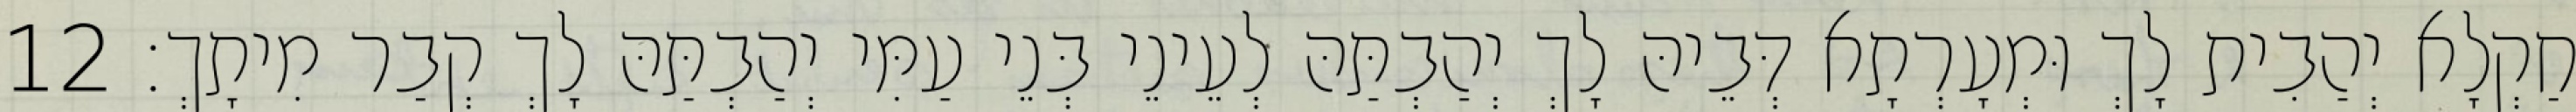
חַקְלָא יְהַבִית לָךְ וּמְעָרְתָא דְּבֵיהּ לָךְ יְהַבְתַּהּ לְעֵינֵי בְּנֵי עַמִּי יְהַבְתַּהּ לָךְ קְבַר מִיתָךְ׃ 12